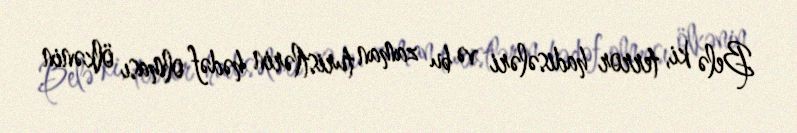
Belə ki, terror hadisələri və bu zaman turistlərin hədəf olması ölkənin